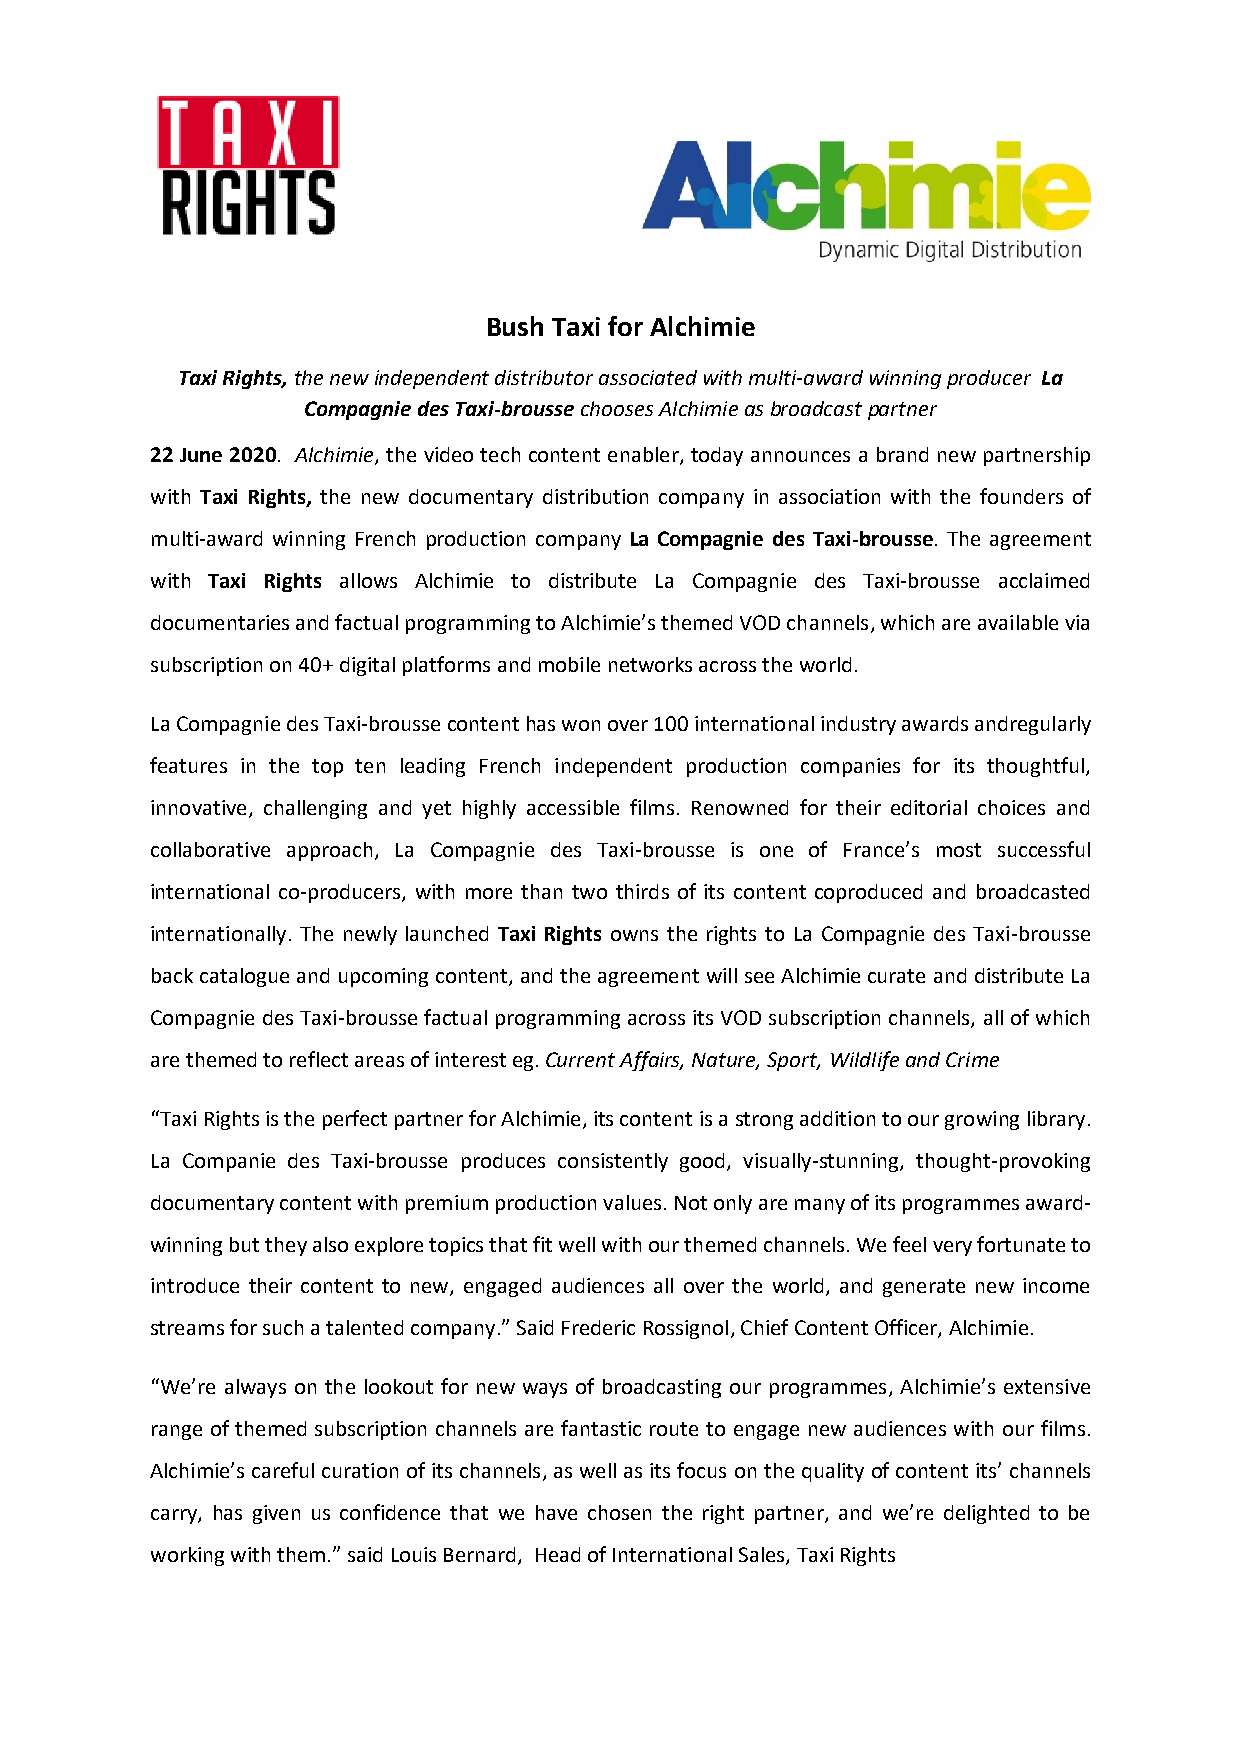
Bush Taxi for Alchimie
 Taxi Rights, the new independent distributor associated with multi-award winning producer La
 Compagnie des Taxi-brousse chooses Alchimie as broadcast partner
 22 June 2020. Alchimie, the video tech content enabler, today announces a brand new partnership
 with Taxi Rights, the new documentary distribution company in association with the founders of
 multi-award winning French production company La Compagnie des Taxi-brousse. The agreement
 with Taxi Rights allows Alchimie to distribute La Compagnie des Taxi-brousse acclaimed
 documentaries and factual programming to Alchimie’s themed VOD channels, which are available via
 subscription on 40+ digital platforms and mobile networks across the world.
 La Compagnie des Taxi-brousse content has won over 100 international industry awards andregularly
 features in the top ten leading French independent production companies for its thoughtful,
 innovative, challenging and yet highly accessible films. Renowned for their editorial choices and
 collaborative approach, La Compagnie des Taxi-brousse is one of France’s most successful
 international co-producers, with more than two thirds of its content coproduced and broadcasted
 internationally. The newly launched Taxi Rights owns the rights to La Compagnie des Taxi-brousse
 back catalogue and upcoming content, and the agreement will see Alchimie curate and distribute La
 Compagnie des Taxi-brousse factual programming across its VOD subscription channels, all of which
 are themed to reflect areas of interest eg. Current Affairs, Nature, Sport, Wildlife and Crime
 “Taxi Rights is the perfect partner for Alchimie, its content is a strong addition to our growing library.
 La Companie des Taxi-brousse produces consistently good, visually-stunning, thought-provoking
 documentary content with premium production values. Not only are many of its programmes award-
 winning but they also explore topics that fit well with our themed channels. We feel very fortunate to
 introduce their content to new, engaged audiences all over the world, and generate new income
 streams for such a talented company.” Said Frederic Rossignol, Chief Content Officer, Alchimie.
 “We’re always on the lookout for new ways of broadcasting our programmes, Alchimie’s extensive
 range of themed subscription channels are fantastic route to engage new audiences with our films.
 Alchimie’s careful curation of its channels, as well as its focus on the quality of content its’ channels
 carry, has given us confidence that we have chosen the right partner, and we’re delighted to be
 working with them.” said Louis Bernard, Head of International Sales, Taxi Rights